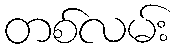
တစ်လမ်း